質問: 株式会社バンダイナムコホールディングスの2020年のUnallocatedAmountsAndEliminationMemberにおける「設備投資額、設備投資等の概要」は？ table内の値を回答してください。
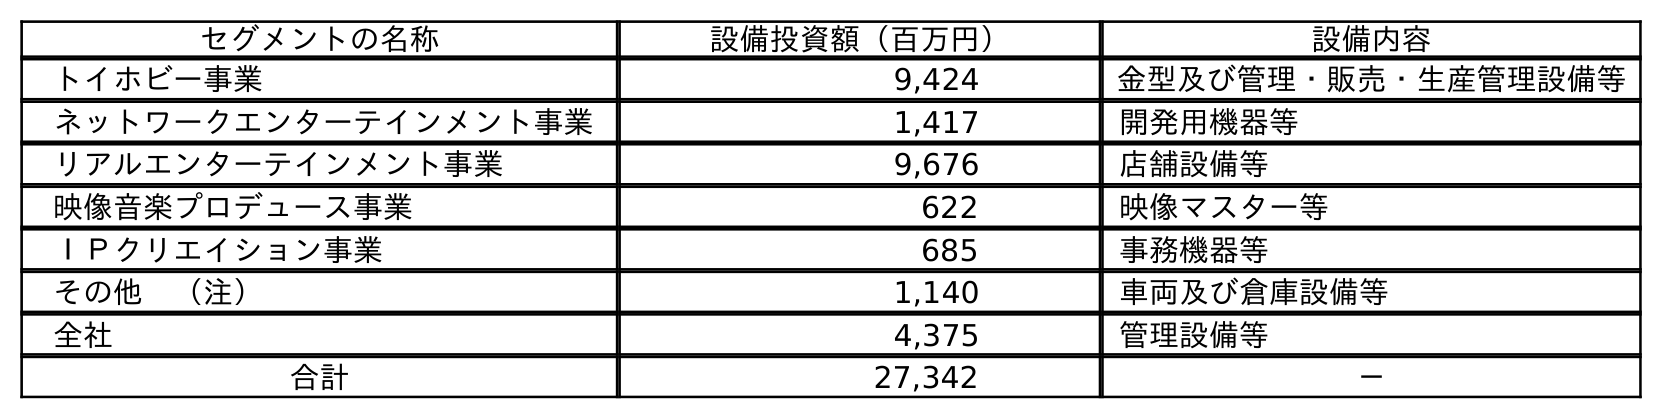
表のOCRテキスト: セグメントの名称 設備投資額（百万円） 設備内容 トイホビー事業 9,424 金型及び管理・販売・生産管理設備等 ネットワークエンターテインメント事業 1,417 開発用機器等 リアルエンターテインメント事業 9,676 店舗設備等 映像音楽プロデュース事業 622 映像マスター等 ＩＰクリエイション事業 685 事務機器等 その他 （注） 1,140 車両及び倉庫設備等 全社 4,375 管理設備等 合計 27,342 －
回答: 4,375